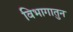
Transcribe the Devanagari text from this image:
विभागातुन